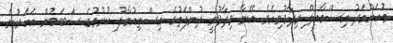
މުހައްމަދު އިސްމާއީލް ވިދާޅުވިއެވެ. އޭނާ ވިދާޅުވީ ދުންފަތުގެ އިސްތިއުމާލު ކުރުމުގެ ސަބަބުން އަހަރުން